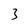
Character: 3